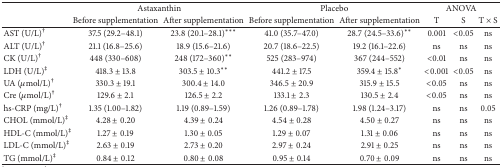
<table><thead><tr><td><b> </b></td><td colspan="2"><b>Astaxanthin</b></td><td colspan="2"><b>Placebo</b></td><td colspan="3"><b>ANOVA</b></td></tr><tr><td><b> </b></td><td><b>Before supplementation</b></td><td><b>After supplementation</b></td><td><b>Before supplementation</b></td><td><b>After supplementation</b></td><td><b>T </b></td><td><b>S</b></td><td><b>T × S</b></td></tr></thead><tbody><tr><td>AST (U/L)<sup>†</sup></td><td>37.5 (29.2–48.1)</td><td>23.8 (20.1–28.1)<sup><i>∗∗∗</i></sup></td><td>41.0 (35.7–47.0)</td><td>28.7 (24.5–33.6)<sup><i>∗∗</i></sup></td><td> 0.001 </td><td>&lt;0.05</td><td>ns</td></tr><tr><td>ALT (U/L)<sup>†</sup></td><td>21.1 (16.8–25.6)</td><td>18.9 (15.6–21.6)</td><td>20.7 (18.6–22.5)</td><td>19.2 (16.1–22.6)</td><td> ns </td><td>ns </td><td>ns</td></tr><tr><td>CK (U/L)<sup>†</sup></td><td>448 (330–608)</td><td>248 (172–360)<sup><i>∗∗</i></sup></td><td>525 (283–974)</td><td>367 (244–552)</td><td> &lt;0.01 </td><td>ns</td><td>ns</td></tr><tr><td>LDH (U/L)<sup>‡</sup></td><td>418.3 ± 13.8</td><td>303.5 ± 10.3<sup><i>∗∗</i></sup></td><td>441.2 ± 17.5</td><td>359.4 ± 15.8<sup><i>∗</i></sup></td><td>&lt;0.001 </td><td>&lt;0.05 </td><td>ns</td></tr><tr><td>UA (<i>μ</i>mol/L)<sup>†</sup></td><td>330.3 ± 19.1</td><td>300.4 ± 14.0</td><td>346.5 ± 20.9</td><td>315.9 ± 15.5</td><td>&lt;0.05 </td><td>ns </td><td>ns</td></tr><tr><td>Cre (<i>μ</i>mol/L)<sup>†</sup></td><td>129.6 ± 2.1</td><td>126.5 ± 2.2</td><td>133.1 ± 2.3</td><td>130.5 ± 2.4</td><td>&lt;0.05 </td><td>ns</td><td>ns</td></tr><tr><td>hs-CRP (mg/L)<sup>†</sup></td><td>1.35 (1.00–1.82)</td><td>1.19 (0.89–1.59)</td><td>1.26 (0.89–1.78)</td><td>1.98 (1.24–3.17)</td><td> ns </td><td>ns</td><td>0.05</td></tr><tr><td>CHOL (mmol/L)<sup>‡</sup></td><td>4.28 ± 0.20</td><td>4.39 ± 0.24</td><td>4.54 ± 0.28</td><td>4.50 ± 0.27</td><td> ns </td><td>ns </td><td>ns</td></tr><tr><td>HDL-C (mmol/L)<sup>‡</sup></td><td>1.27 ± 0.19</td><td>1.30 ± 0.05</td><td>1.29 ± 0.07</td><td>1.31 ± 0.06</td><td> ns </td><td>ns </td><td>ns</td></tr><tr><td>LDL-C (mmol/L)<sup>‡</sup></td><td>2.63 ± 0.19</td><td>2.73 ± 0.20</td><td>2.97 ± 0.24</td><td>2.91 ± 0.25</td><td> ns </td><td>ns </td><td>ns</td></tr><tr><td>TG (mmol/L)<sup>‡</sup></td><td>0.84 ± 0.12</td><td>0.80 ± 0.08</td><td>0.95 ± 0.14</td><td>0.70 ± 0.09</td><td> ns </td><td>ns </td><td>ns</td></tr></tbody></table>